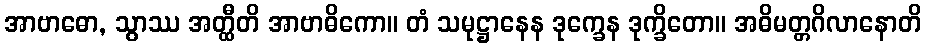
အာဗာဓော, သွာဿ အတ္ထီတိ အာဗာဓိကော။ တံ သမုဋ္ဌာနေန ဒုက္ခေန ဒုက္ခိတော။ အဓိမတ္တဂိလာနောတိ